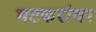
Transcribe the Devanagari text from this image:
भटकरांवर